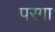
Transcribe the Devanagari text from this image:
परगा